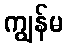
ကျွန်မ